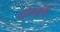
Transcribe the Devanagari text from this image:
योगग्रंथो